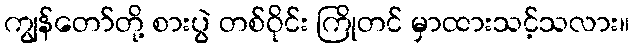
ကျွန်တော်တို့ စားပွဲ တစ်ဝိုင်း ကြိုတင် မှာထားသင့်သလား။